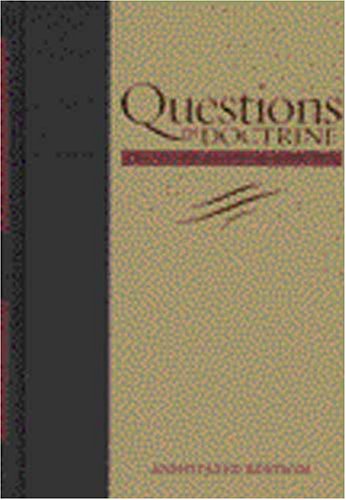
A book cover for Questions on Doctrine (Adventist Classic Library); George R. Knight; Christian Books & Bibles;